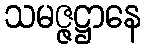
သမဇ္ဇဋ္ဌာနေ